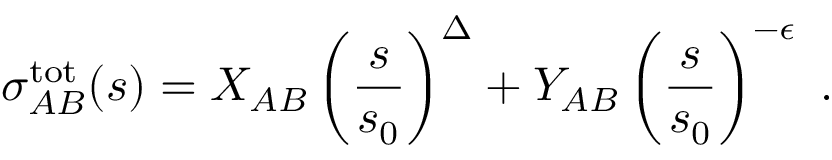
\sigma _ { A B } ^ { \mathrm { t o t } } ( s ) = X _ { A B } \left( \frac { s } { s _ { 0 } } \right) ^ { \Delta } + Y _ { A B } \left( \frac { s } { s _ { 0 } } \right) ^ { - \epsilon } \ .